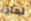
لماذا